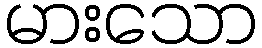
မားသော